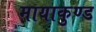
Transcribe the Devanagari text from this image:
मायाकुण्ड